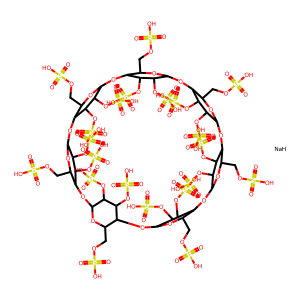
SMILES: O=S(=O)(O)OCC1OC2OC3C(COS(=O)(=O)O)OC(OC4C(COS(=O)(=O)O)OC(OC5C(COS(=O)(=O)O)OC(OC6C(COS(=O)(=O)O)OC(OC7C(COS(=O)(=O)O)OC(OC8C(COS(=O)(=O)O)OC(OC1C(OS(=O)(=O)O)C2OS(=O)(=O)O)C(OS(=O)(=O)O)C8OS(=O)(=O)O)C(OS(=O)(=O)O)C7OS(=O)(=O)O)C(OS(=O)(=O)O)C6OS(=O)(=O)O)C(OS(=O)(=O)O)C5OS(=O)(=O)O)C(OS(=O)(=O)O)C4OS(=O)(=O)O)C(OS(=O)(=O)O)C3OS(=O)(=O)O.[NaH]
Inhibits HIV replication: Yes